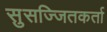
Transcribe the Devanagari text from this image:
सुसज्जितकर्ता